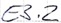
Text: E3.2